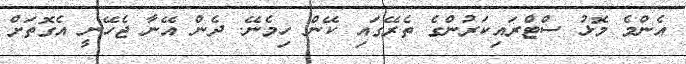
އެންމެ މޮޅު ސްޓްރައިކަރުންގެ ތެރޭގައި ކޭން ހިމެނޭ. ދެން އޭނާ ޖެހޭނީ އެގޮތަށް